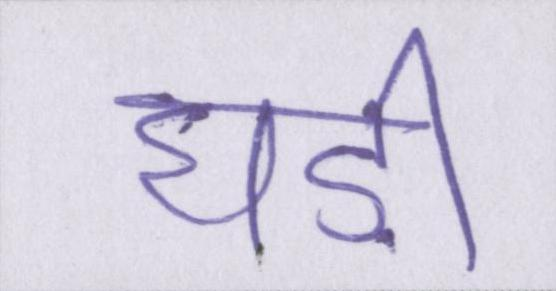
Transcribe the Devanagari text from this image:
घड़ी